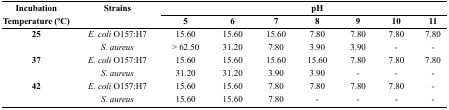
<table><thead><tr><td rowspan="3"><b>Incubation Temperature (°C)</b></td><td rowspan="3"><b>Strains</b></td><td colspan="9"><b>pH</b></td></tr><tr><td><b>5</b></td><td><b>6</b></td><td><b>7</b></td><td><b>8</b></td><td><b>9</b></td><td><b>10</b></td><td><b>11</b></td></tr></thead><tbody><tr><td rowspan="2"><b>25</b></td><td><i>E. coli</i> O157:H7</td><td>15.60</td><td>15.60</td><td>15.60</td><td>7.80</td><td>7.80</td><td>7.80</td><td>7.80</td></tr><tr><td><i>S. aureus</i></td><td>&gt; 62.50</td><td>31.20</td><td>7.80</td><td>3.90</td><td>3.90</td><td>-</td><td>-</td></tr><tr><td rowspan="2"><b>37</b></td><td><i>E. coli</i> O157:H7</td><td>15.60</td><td>15.60</td><td>15.60</td><td>15.60</td><td>7.80</td><td>7.80</td><td>7.80</td></tr><tr><td><i>S. aureus</i></td><td>31.20</td><td>31.20</td><td>3.90</td><td>3.90</td><td>-</td><td>-</td><td>-</td></tr><tr><td rowspan="2"><b>42</b></td><td><i>E. coli</i> O157:H7</td><td>15.60</td><td>15.60</td><td>7.80</td><td>7.80</td><td>7.80</td><td>7.80</td><td>-</td></tr><tr><td><i>S. aureus</i></td><td>15.60</td><td>15.60</td><td>7.80</td><td>-</td><td>-</td><td>-</td><td>-</td></tr></tbody></table>